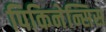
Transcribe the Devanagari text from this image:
पिकिनेन्सिस